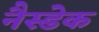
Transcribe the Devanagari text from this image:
नैस्डेक